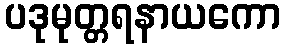
ပဒုမုတ္တရနာယကော